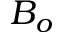
B _ { o }